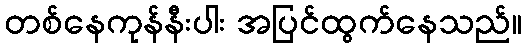
တစ်နေကုန်နီးပါး အပြင်ထွက်နေသည်။